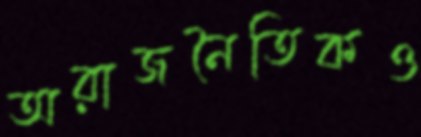
অরাজনৈতিকও